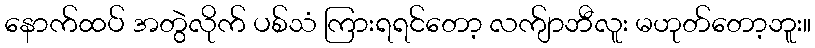
နောက်ထပ် အတွဲလိုက် ပစ်သံ ကြားရရင်တော့ လက်ျာဘီလူး မဟုတ်တော့ဘူး။